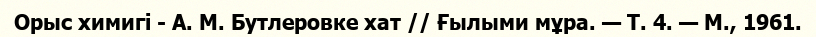
Орыс химигі - А. М. Бутлеровке хат // Ғылыми мұра. — Т. 4. — М., 1961.